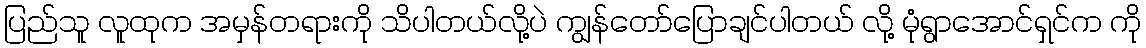
ပြည်သူ လူထုက အမှန်တရားကို သိပါတယ်လို့ပဲ ကျွန်တော်ပြောချင်ပါတယ် လို့ မုံရွာအောင်ရှင်က ကို